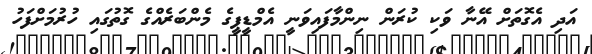
އަދި އެގޮތަށް އޭނާ ވަކި ކުރަން ނިންމާފައިވަނީ އެމްޑީޕީގެ މެންބަރެއްގެ ގޮތުގައި ހުރުމަށްފަހު